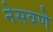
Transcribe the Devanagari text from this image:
नेसवणे